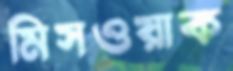
মিসওয়াক